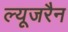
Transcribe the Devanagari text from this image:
ल्यूजरैन